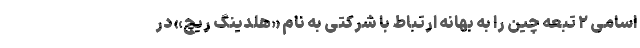
اسامی ۲ تبعه چین را به بهانه ارتباط با شرکتی به نام «هلدینگ ریچ» در